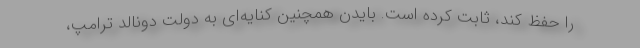
را حفظ کند، ثابت کرده است. بایدن همچنین کنایه‌ای به دولت دونالد ترامپ،